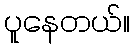
ပူနေတယ်။